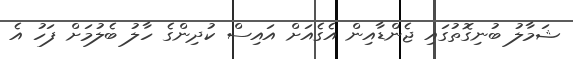
ޝަމާލު ބުނިގޮތުގައި ޖެންޑާއިން އެގެއަށް އައިސް ކުދިންގެ ހާލު ބެލުމަށް ފަހު އެ